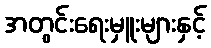
အတွင်းရေးမှူးများနှင့်